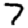
Digit: 7